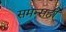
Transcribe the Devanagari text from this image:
समन्सही